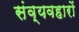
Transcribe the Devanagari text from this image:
संव्यवहारों